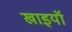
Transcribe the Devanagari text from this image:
खाइयॉ